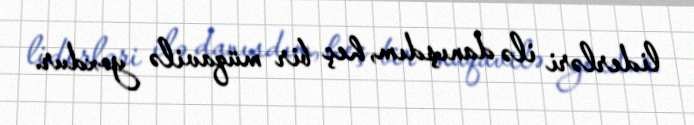
liderləri ilə danışdım, heç bir müqavilə yoxdur.